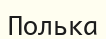
Полька